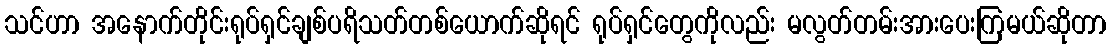
သင်ဟာ အနောက်တိုင်းရုပ်ရှင်ချစ်ပရိသတ်တစ်ယောက်ဆိုရင် ရုပ်ရှင်တွေကိုလည်း မလွတ်တမ်းအားပေးကြမယ်ဆိုတာ